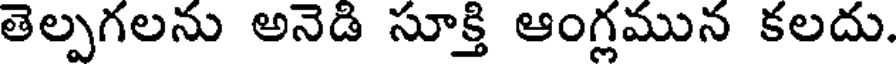
తెల్పగలను అనెడి సూక్తి ఆంగ్లమున కలదు.